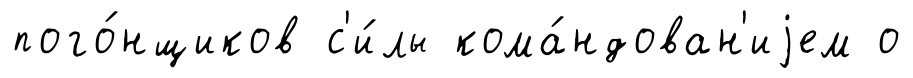
пого́нщиков с'и́лы кома́ндован'иjем о